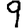
Digit: 9